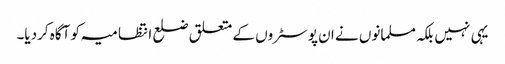
یہی نہیں بلکہ مسلمانوں نے ان پوسٹروں کے متعلق ضلع انتظامیہ کو آگاہ کردیا۔